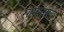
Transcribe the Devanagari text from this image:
सामन्‍जस्‍य